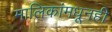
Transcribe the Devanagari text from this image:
मालिकांमधूनही